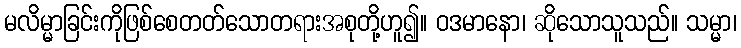
မလိမ္မာခြင်းကိုဖြစ်စေတတ်သောတရားအစုတို့ဟူ၍။ ဝဒမာနော၊ ဆိုသောသူသည်။ သမ္မာ၊